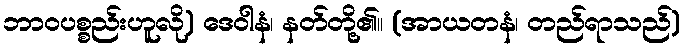
ဘာဝပစ္စည်းဟူလို) ဒေဝါနံ၊ နတ်တို့၏။ (အာယတနံ၊ တည်ရာသည်)